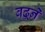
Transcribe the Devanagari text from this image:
बढ़्ने